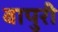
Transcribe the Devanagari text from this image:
बापुरी